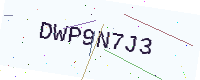
Text: DWP9N7J3